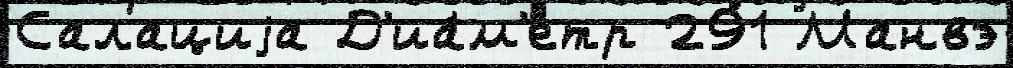
Салациjа Д'иа́м'етр 291 Манвэ